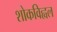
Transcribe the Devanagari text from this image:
शोकविह्वल